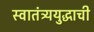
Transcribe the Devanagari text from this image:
स्वातंत्र्ययुद्धाची